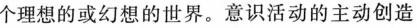
个理想的或幻想的世界。意识活动的主动创造